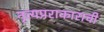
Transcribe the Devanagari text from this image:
नृत्यप्रराकाराची